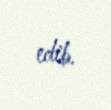
edib.